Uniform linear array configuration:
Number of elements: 16
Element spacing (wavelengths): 0.5
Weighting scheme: kaiser
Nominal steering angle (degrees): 45
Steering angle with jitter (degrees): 45.132
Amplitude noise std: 0.05
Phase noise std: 0.05

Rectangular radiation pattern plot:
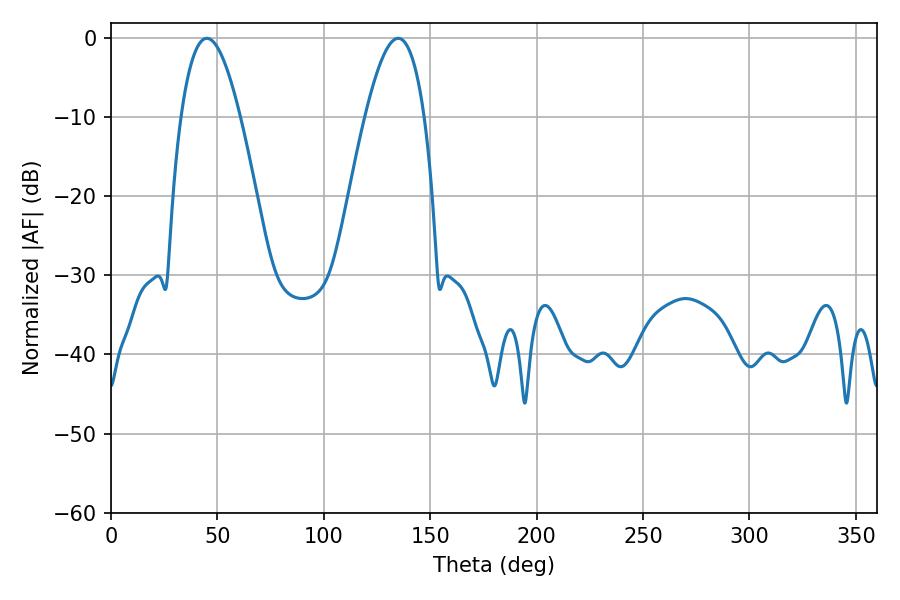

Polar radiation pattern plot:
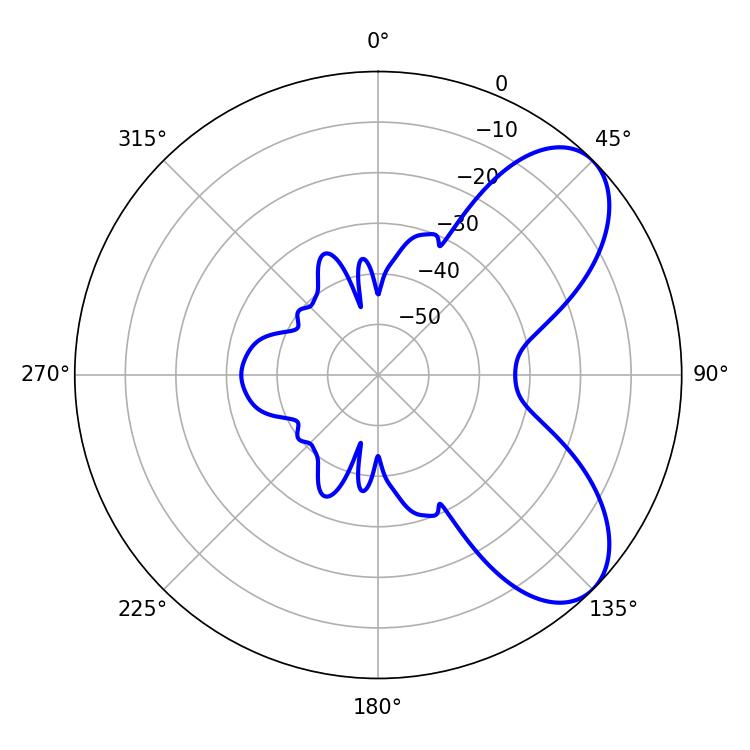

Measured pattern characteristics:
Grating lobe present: FALSE
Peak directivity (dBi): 6.884
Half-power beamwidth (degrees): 15.12
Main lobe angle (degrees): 45